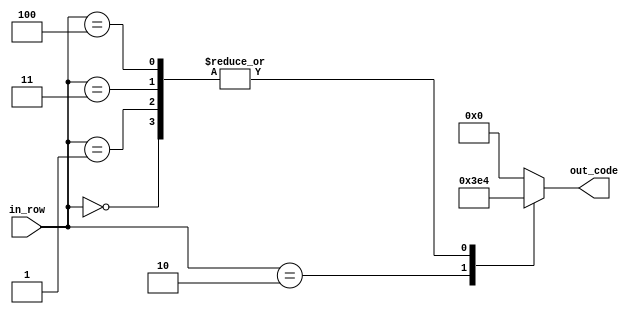
`timescale 1ns / 1ps
//////////////////////////////////////////////////////////////////////////////////
// Company: 
// Engineer: 
// 
// Design Name: 
// Module Name:    bsuma 
// Project Name: 
// Target Devices: 
// Tool versions: 
// Description: 
//
// Dependencies: 
//
// Revision: 
// Revision 0.01 - File Created
// Additional Comments: 
//
//////////////////////////////////////////////////////////////////////////////////
module bsuma(
	 input [2:0] in_row,
    output reg [4:0] out_code
    );

parameter [4:0] d_0 = 5'b00100; //   X
parameter [4:0] d_1 = 5'b11111; // XXXXX


always @ *
begin
	case (in_row)
		3'b000:
			out_code = d_0;
		3'b001:
			out_code = d_0;
		3'b010:
			out_code = d_1;
		3'b011:
			out_code = d_0;
		3'b100:
			out_code = d_0;
		default:
			out_code = 5'b0;
	endcase
end

endmodule